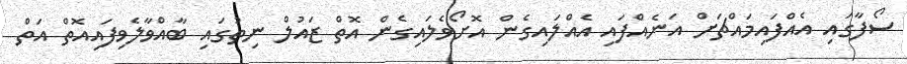
ސޯފާގައި އެއްފައިމައްޗަށް އަނެއްފައި އެއްލައިގެން އޮށޯވެލައިގެން އޮތް ޒައުލް ނިތުގައި ބާއްވާލެވިފައިއޮތް އަތް